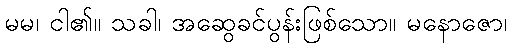
မမ၊ ငါ၏။ သခါ၊ အဆွေခင်ပွန်းဖြစ်သော။ မနောဇော၊